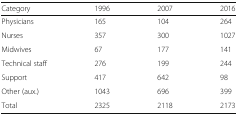
<table><thead><tr><td><b>Category</b></td><td><b>1996</b></td><td><b>2007</b></td><td><b>2016</b></td></tr></thead><tbody><tr><td>Physicians</td><td>165</td><td>104</td><td>264</td></tr><tr><td>Nurses</td><td>357</td><td>300</td><td>1027</td></tr><tr><td>Midwives</td><td>67</td><td>177</td><td>141</td></tr><tr><td>Technical staff</td><td>276</td><td>199</td><td>244</td></tr><tr><td>Support</td><td>417</td><td>642</td><td>98</td></tr><tr><td>Other (aux.)</td><td>1043</td><td>696</td><td>399</td></tr><tr><td>Total</td><td>2325</td><td>2118</td><td>2173</td></tr></tbody></table>